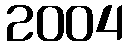
2004